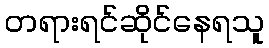
တရားရင်ဆိုင်နေရသူ